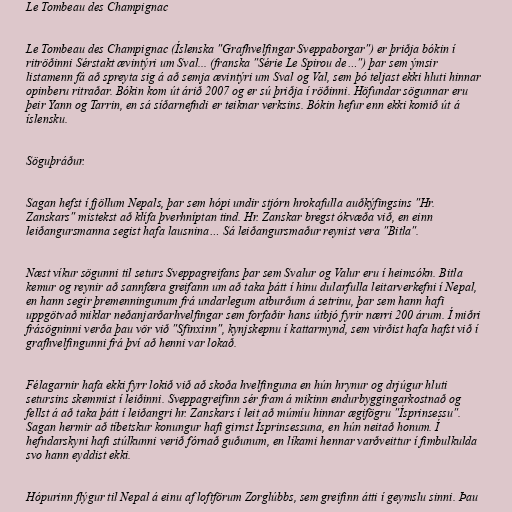
Le Tombeau des Champignac

Le Tombeau des Champignac (Íslenska "Grafhvelfingar Sveppaborgar") er þriðja bókin í
ritröðinni Sérstakt ævintýri um Sval... (franska "Série Le Spirou de…") þar sem ýmsir
listamenn fá að spreyta sig á að semja ævintýri um Sval og Val, sem þó teljast ekki hluti hinnar
opinberu ritraðar. Bókin kom út árið 2007 og er sú þriðja í röðinni. Höfundar sögunnar eru
þeir Yann og Tarrin, en sá síðarnefndi er teiknar verksins. Bókin hefur enn ekki komið út á
íslensku.

Söguþráður.

Sagan hefst í fjöllum Nepals, þar sem hópi undir stjórn hrokafulla auðkýfingsins "Hr.
Zanskars" mistekst að klífa þverhníptan tind. Hr. Zanskar bregst ókvæða við, en einn
leiðangursmanna segist hafa lausnina… Sá leiðangursmaður reynist vera "Bitla".

Næst víkur sögunni til seturs Sveppagreifans þar sem Svalur og Valur eru í heimsókn. Bitla
kemur og reynir að sannfæra greifann um að taka þátt í hinu dularfulla leitarverkefni í Nepal,
en hann segir þremenningunum frá undarlegum atburðum á setrinu, þar sem hann hafi
uppgötvað miklar neðanjarðarhvelfingar sem forfaðir hans útbjó fyrir nærri 200 árum. Í miðri
frásögninni verða þau vör við "Sfinxinn", kynjskepnu í kattarmynd, sem virðist hafa hafst við í
grafhvelfingunni frá því að henni var lokað.

Félagarnir hafa ekki fyrr lokið við að skoða hvelfinguna en hún hrynur og drjúgur hluti
setursins skemmist í leiðinni. Sveppagreifinn sér fram á mikinn endurbyggingarkostnað og
fellst á að taka þátt í leiðangri hr. Zanskars í leit að múmíu hinnar ægifögru "Ísprinsessu".
Sagan hermir að tíbetskur konungur hafi girnst Ísprinsessuna, en hún neitað honum. Í
hefndarskyni hafi stúlkunni verið fórnað guðunum, en líkami hennar varðveittur í fimbulkulda
svo hann eyddist ekki.

Hópurinn flýgur til Nepal á einu af loftförum Zorglúbbs, sem greifinn átti í geymslu sinni. Þau